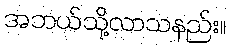
အဘယ်သို့လာသနည်း။